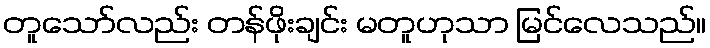
တူသော်လည်း တန်ဖိုးချင်း မတူဟုသာ မြင်လေသည်။